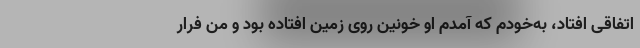
اتفاقی افتاد، به‌خودم که آمدم او خونین روی زمین افتاده بود و من فرار